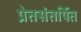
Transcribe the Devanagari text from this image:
प्रेतसंतर्पित